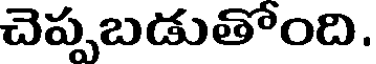
చెప్పబడుతోంది.